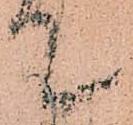
て